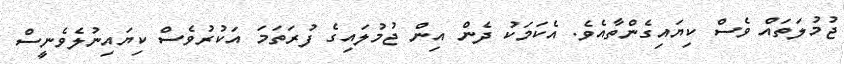
ޖުމުލަތައް ވެސް ކިޔައިގެންތާއެވެ. އެކަމަކު ދެން އިން ޖުމުލައިގެ ފުރަތަމަ އަކުރުވެސް ކިޔައިނުލެވެނީސް